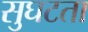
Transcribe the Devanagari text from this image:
सुघटता